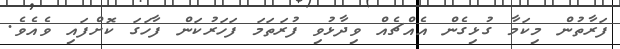
ފަރާތުން މިކަމާ ގުޅިގެން އެއްޗެއް ވިދާޅުވި ފުރަތަމަ ފަހަރުކަން ފާހަގަ ކޮށްފައި ވެއެވެ.